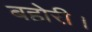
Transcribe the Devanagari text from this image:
बहोरी।